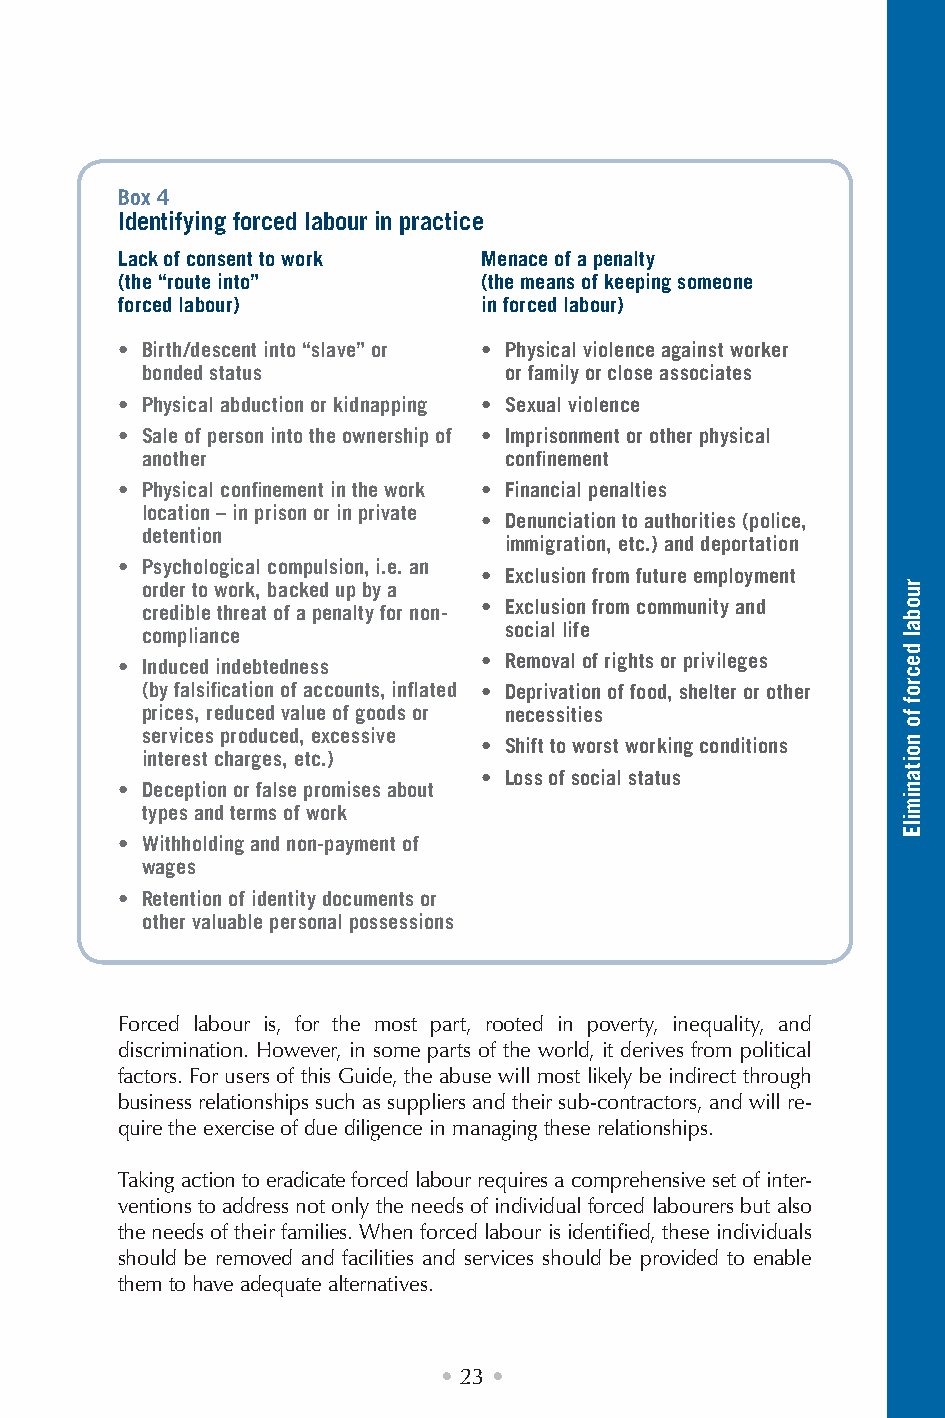
Box 4
 Identifying forced labour in practice
 Lack of consent to work Menace of a penalty
 (the “route into”       (the means of keeping someone
 forced labour)          in forced labour)
 • Birth/descent into “slave” or • Physical violence against worker
 bonded status           or family or close associates
 • Physical abduction or kidnapping • Sexual violence
 • Sale of person into the ownership of • Imprisonment or other physical
 another                 confinement
 • Physical confinement in the work • Financial penalties
 location – in prison or in private
 • Denunciation to authorities (police,
 detention
 immigration, etc.) and deportation
 • Psychological compulsion, i.e. an
 • Exclusion from future employment
 order to work, backed up by a
 credible threat of a penalty for non- • Exclusion from community and
 compliance              social life
 • Induced indebtedness  • Removal of rights or privileges
 (by falsification of accounts, inflated • Deprivation of food, shelter or other
 prices, reduced value of goods or necessities
 services produced, excessive
 • Shift to worst working conditions
 interest charges, etc.)
 • Loss of social status
 • Deception or false promises about
 types and terms of work
 • Withholding and non-payment of
 wages
 • Retention of identity documents or
 other valuable personal possessions
 Forced labour is, for the most part, rooted in poverty, inequality, and
 discrimination. However, in some parts of the world, it derives from political
 factors. For users of this Guide, the abuse will most likely be indirect through
 business relationships such as suppliers and their sub-contractors, and will re-
 quire the exercise of due diligence in managing these relationships.
 Taking action to eradicate forced labour requires a comprehensive set of inter-
 ventions to address not only the needs of individual forced labourers but also
 the needs of their families. When forced labour is identified, these individuals
 should be removed and facilities and services should be provided to enable
 them to have adequate alternatives.
 • 23 •
 ruobal
 decrof
 fo
 noitanimilE